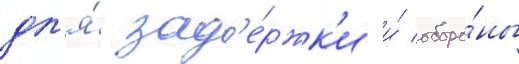
дл'я́ зад'е́ржк'и и́ оборо́ны